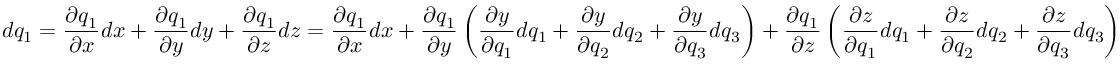
d q _ { 1 } = { \frac { \partial q _ { 1 } } { \partial x } } d x + { \frac { \partial q _ { 1 } } { \partial y } } d y + { \frac { \partial q _ { 1 } } { \partial z } } d z = { \frac { \partial q _ { 1 } } { \partial x } } d x + { \frac { \partial q _ { 1 } } { \partial y } } \left( { \frac { \partial y } { \partial q _ { 1 } } } d q _ { 1 } + { \frac { \partial y } { \partial q _ { 2 } } } d q _ { 2 } + { \frac { \partial y } { \partial q _ { 3 } } } d q _ { 3 } \right) + { \frac { \partial q _ { 1 } } { \partial z } } \left( { \frac { \partial z } { \partial q _ { 1 } } } d q _ { 1 } + { \frac { \partial z } { \partial q _ { 2 } } } d q _ { 2 } + { \frac { \partial z } { \partial q _ { 3 } } } d q _ { 3 } \right)